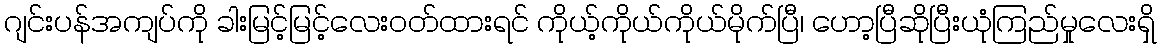
ဂျင်းပန်အကျပ်ကို ခါးမြင့်မြင့်လေးဝတ်ထားရင် ကိုယ့်ကိုယ်ကိုယ်မိုက်ပြီ၊ ဟော့ပြီဆိုပြီးယုံကြည်မှုလေးရှိ